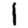
Digit: 1